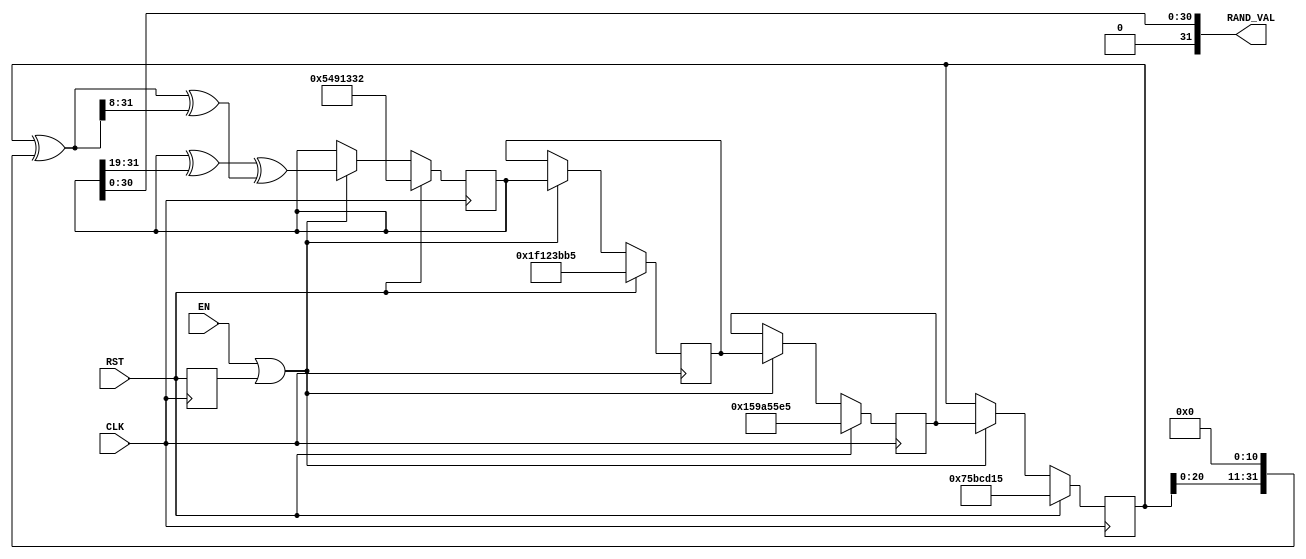
module XORSHIFT #(parameter               WIDTH = 32,
                  parameter               SEED  = 1)
                 (input  wire             CLK,
                  input  wire             RST,
                  input  wire             EN,
                  output wire [WIDTH-1:0] RAND_VAL);
  reg  [WIDTH-1:0] x;
  reg  [WIDTH-1:0] y;
  reg  [WIDTH-1:0] z;
  reg  [WIDTH-1:0] w;
  wire [WIDTH-1:0] t = x^(x<<11);
  assign RAND_VAL = {1'b0, w[WIDTH-2:0]};
  reg ocen;
  always @(posedge CLK) ocen <= RST;
  always @(posedge CLK) begin
    if (RST) begin
      x <= 123456789;
      y <= 362436069;
      z <= 521288629;
      w <= 88675123 ^ SEED;
    end else begin
      if (EN || ocen) begin
        x <= y;
        y <= z;
        z <= w;
        w <= (w^(w>>19))^(t^(t>>8));
      end
    end
  end
endmodule